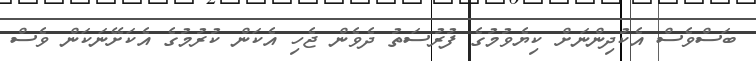
ބަސްވެސް އެކުދިންނަށް ކިޔެވުމުގެ ފުރުސަތު ދެވެން ޖެހި އެކަން ކުރުމުގެ އެކަށޭނަކަން ވެސް